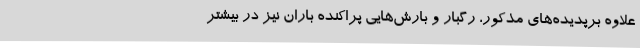
علاوه برپدیده‌های مذکور، رگبار و بارش‌هایی پراکنده باران نیز در بیشتر